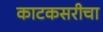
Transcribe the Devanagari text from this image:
काटकसरीचा